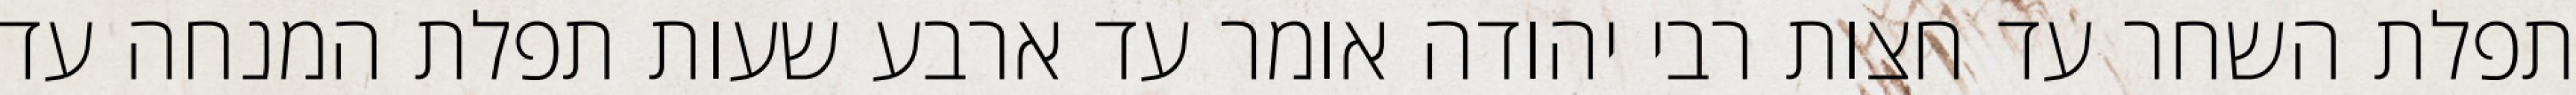
תפלת השחר עד חצות רבי יהודה אומר עד ארבע שעות תפלת המנחה עד